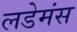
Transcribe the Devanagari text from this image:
लडेमंस